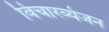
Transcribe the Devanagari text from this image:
विचारव्यंजन